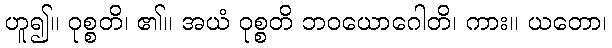
ဟူ၍။ ဝုစ္စတိ၊ ၏။ အယံ ဝုစ္စတိ ဘဝယောဂေါတိ၊ ကား။ ယတော၊